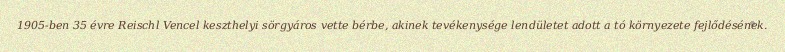
1905-ben 35 évre Reischl Vencel keszthelyi sörgyáros vette bérbe, akinek tevékenysége lendületet adott a tó környezete fejlődésének.